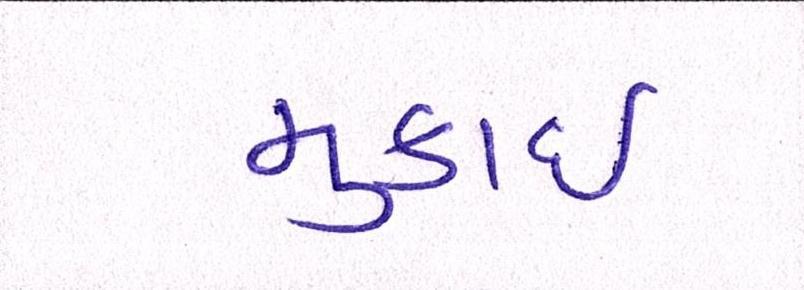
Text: મુકાઈ